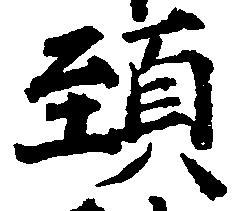
頸